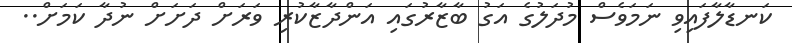
ކަނޑާލާފައިވި ނަމަވެސް މުދަލުގެ އަގު ބާޒާރުގައި އަންދާޒާކުރި ވަރަށް ދަށަށް ނުދާ ކަމަށް..